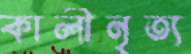
কালীনৃত্য